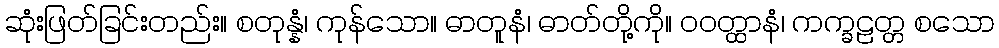
ဆုံးဖြတ်ခြင်းတည်း။ စတုန္နံ၊ ကုန်သော။ ဓာတူနံ၊ ဓာတ်တို့ကို။ ဝဝတ္ထာနံ၊ ကက္ခဠတ္တ စသော